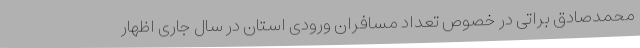
محمدصادق براتی در خصوص تعداد مسافران ورودی استان در سال جاری اظهار